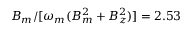
B _ { m } / [ \omega _ { m } ( B _ { m } ^ { 2 } + B _ { z } ^ { 2 } ) ] = 2 . 5 3